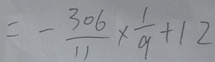
= - \frac { 3 0 6 } { 1 1 } \times \frac { 1 } { 9 } + 1 2